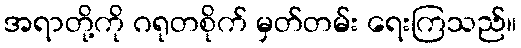
အရာတို့ကို ဂရုတစိုက် မှတ်တမ်း ရေးကြသည်။